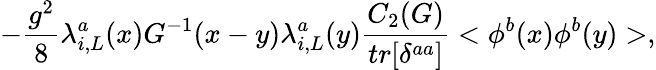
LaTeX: -\frac{g^{2}}{8}\lambda_{i,L}^{a}(x)G^{-1}(x-y)\lambda_{i,L}^{a}(y)\frac{C_{2}(G)}{tr[\delta^{aa}]}<\phi^{b}(x)\phi^{b}(y)>,